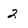
Character: 2